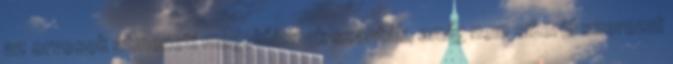
az orvosok átmeneti megoldásnak szánták, amíg nem sikerül szerezni